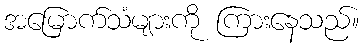
အမြောက်သံများကို ကြားနေသည်။